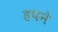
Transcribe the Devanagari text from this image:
हपने